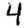
Digit: 4